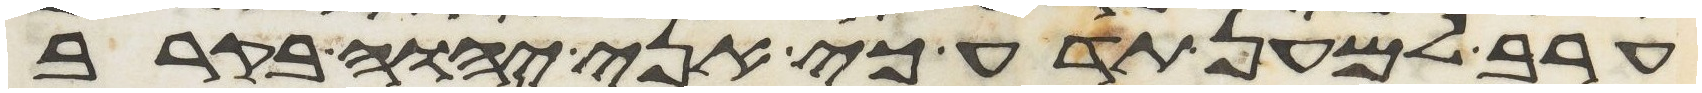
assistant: ערב למען תדע כי אני יהוה בקרב